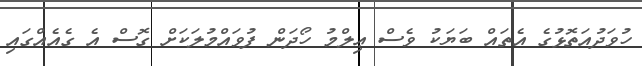
ހުވަދުއަތޮޅުގެ އެތައް ބަޔަކު ވެސް ޢިލްމު ހޯދަން ފުވައްމުލަކަށް ގޮސް އެ ގެއެއްގައި